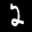
Label: 2